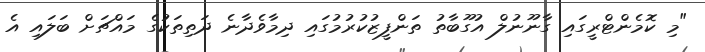
"މި ކޮމެންޓްރީގައި ގާނޫނުލް އުގޫބާތު ތަންފީޒުކުރުމުގައި ދިމާވެދާނެ ދަތިތަކުގެ މައްޗަށް ބަލައި އެ